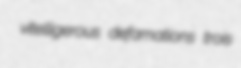
vitelligerous defamations trois